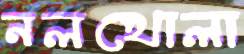
নলখোলা